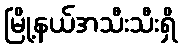
မြို့နယ်အသီးသီးရှိ